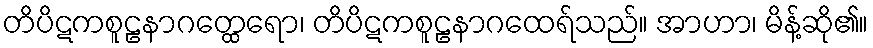
တိပိဋကစူဠနာဂတ္ထေရော၊ တိပိဋကစူဠနာဂထေရ်သည်။ အာဟာ၊ မိန့်ဆို၏။